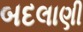
બદલાણી